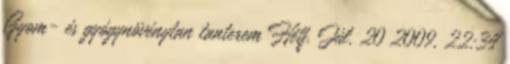
Gyom- és gyógynövénytan tanterem Hétf. Júl. 20 2009, 22:34